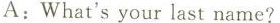
A:What's your last name?